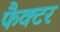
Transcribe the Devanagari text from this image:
फैक्‍टर